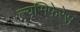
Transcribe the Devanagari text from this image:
ल्यूसिफेरेस